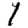
Digit: 1